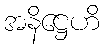
အနိဋ္ဌေဟိ